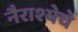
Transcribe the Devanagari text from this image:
नैराश्येचे